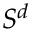
S ^ { d }